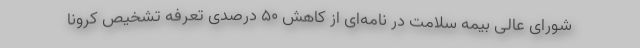
شورای عالی بیمه سلامت در نامه‌ای از کاهش ۵۰ درصدی تعرفه تشخیص کرونا